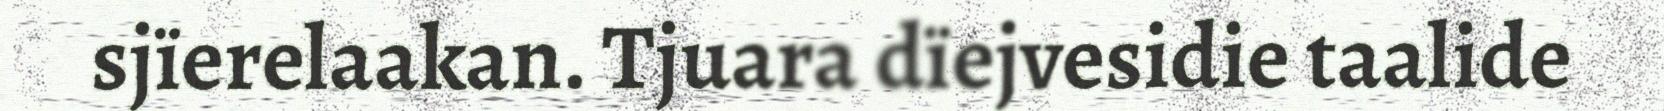
sjïerelaakan. Tjuara dïejvesidie taalide